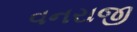
વનરાજી